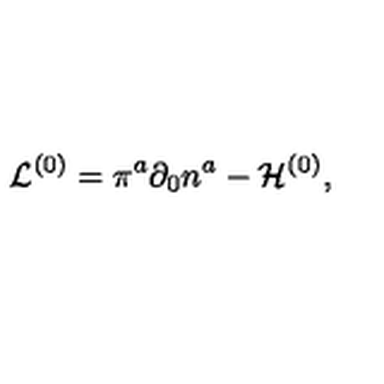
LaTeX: { \cal L } ^ { ( 0 ) } = \pi ^ { a } \partial _ { 0 } { n } ^ { a } - { \cal H } ^ { ( 0 ) } ,